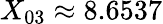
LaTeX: X_{03}\approx 8.6537